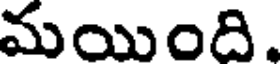
మయింది,